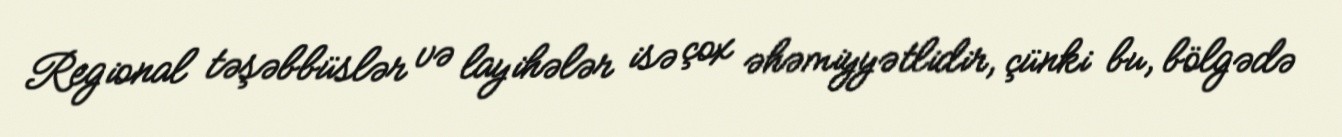
Regional təşəbbüslər və layihələr isə çox əhəmiyyətlidir, çünki bu, bölgədə